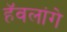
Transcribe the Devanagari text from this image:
हॅवलांगे